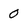
Character: 0